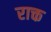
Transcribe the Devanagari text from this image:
राक्त